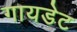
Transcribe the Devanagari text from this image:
गायडेट